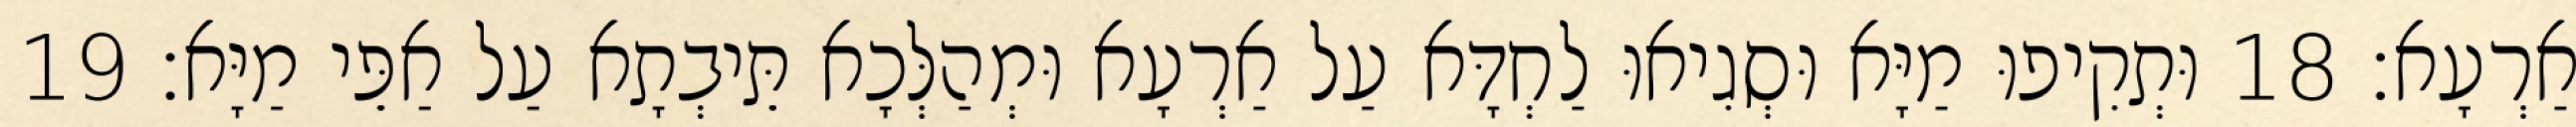
אַרְעָא׃ 18 וּתְקִיפוּ מַיָּא וּסְגִיאוּ לַחְדָּא עַל אַרְעָא וּמְהַלְּכָא תֵּיבְתָא עַל אַפֵּי מַיָּא׃ 19